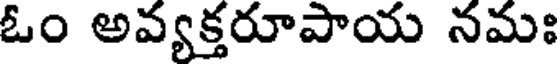
ఓం అవ్యక్తరూపాయ నమః